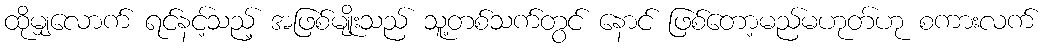
ထိုမျှလောက် ရင်နင့်သည့် အဖြစ်မျိုးသည် သူ့တစ်သက်တွင် နောင် ဖြစ်တော့မည်မဟုတ်ဟု စကားလက်